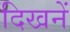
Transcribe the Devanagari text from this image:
दिखनें